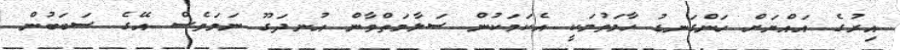
އިރުގެ އައްޔަށް ހަންގަނޑު ހާމަވުމަކީ އެކަމަކުން ސަލާމަތްވާން އުނދަގޫ ނަމަވެސް އޭގެ ސަބަބުން